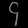
Digit: ၄